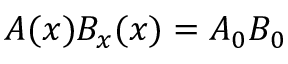
A ( x ) B _ { x } ( x ) = A _ { 0 } B _ { 0 }